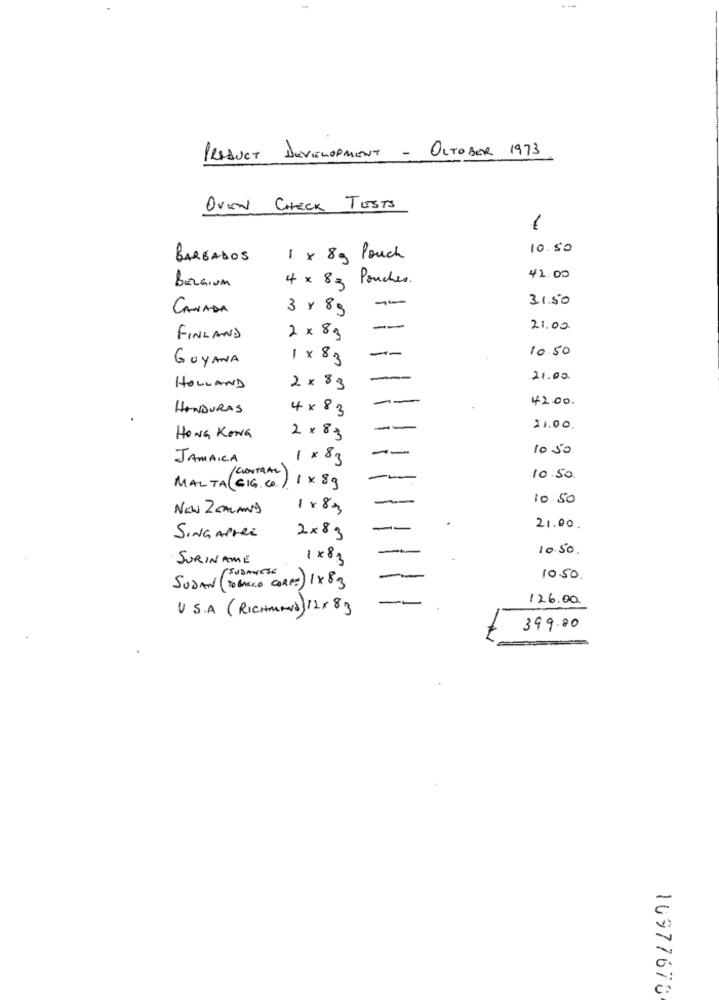
PRODUCT DEVELOPMENT - OCTOBER 1973
OVEN CHECK TESTS
1
10.50
BARBADOS
1 × 8g Pouch
BELGIUM
4 × 8 3 Pouches.
42.00
31.50
CANADA
3 × 89
00
--
21.00
FINLAND
2 × 83
10.50
GUYANA
1 × 8.3
--
-
21.00
HOLLAND
2 × 83
42.00.
HONDURAS
4 × 8.3
11.00.
HONG KONG
2 × 8.3
10 50
JAMAICA
1 × 83
/CENTRAL
1 × 8g
10.50
MALTA (GIG. CO.)
10 50
NEW ZEALAND
1 × 83
21.00.
SING APPRE
2×83
10.50.
SURINAME
1×83
(SUDANESE
SUDAN (TOBACCO CAPI) 1 X 83
10.50.
126.00
U. S.A ( RICHMAN) 12x 83
399.00
:
C:
10977670